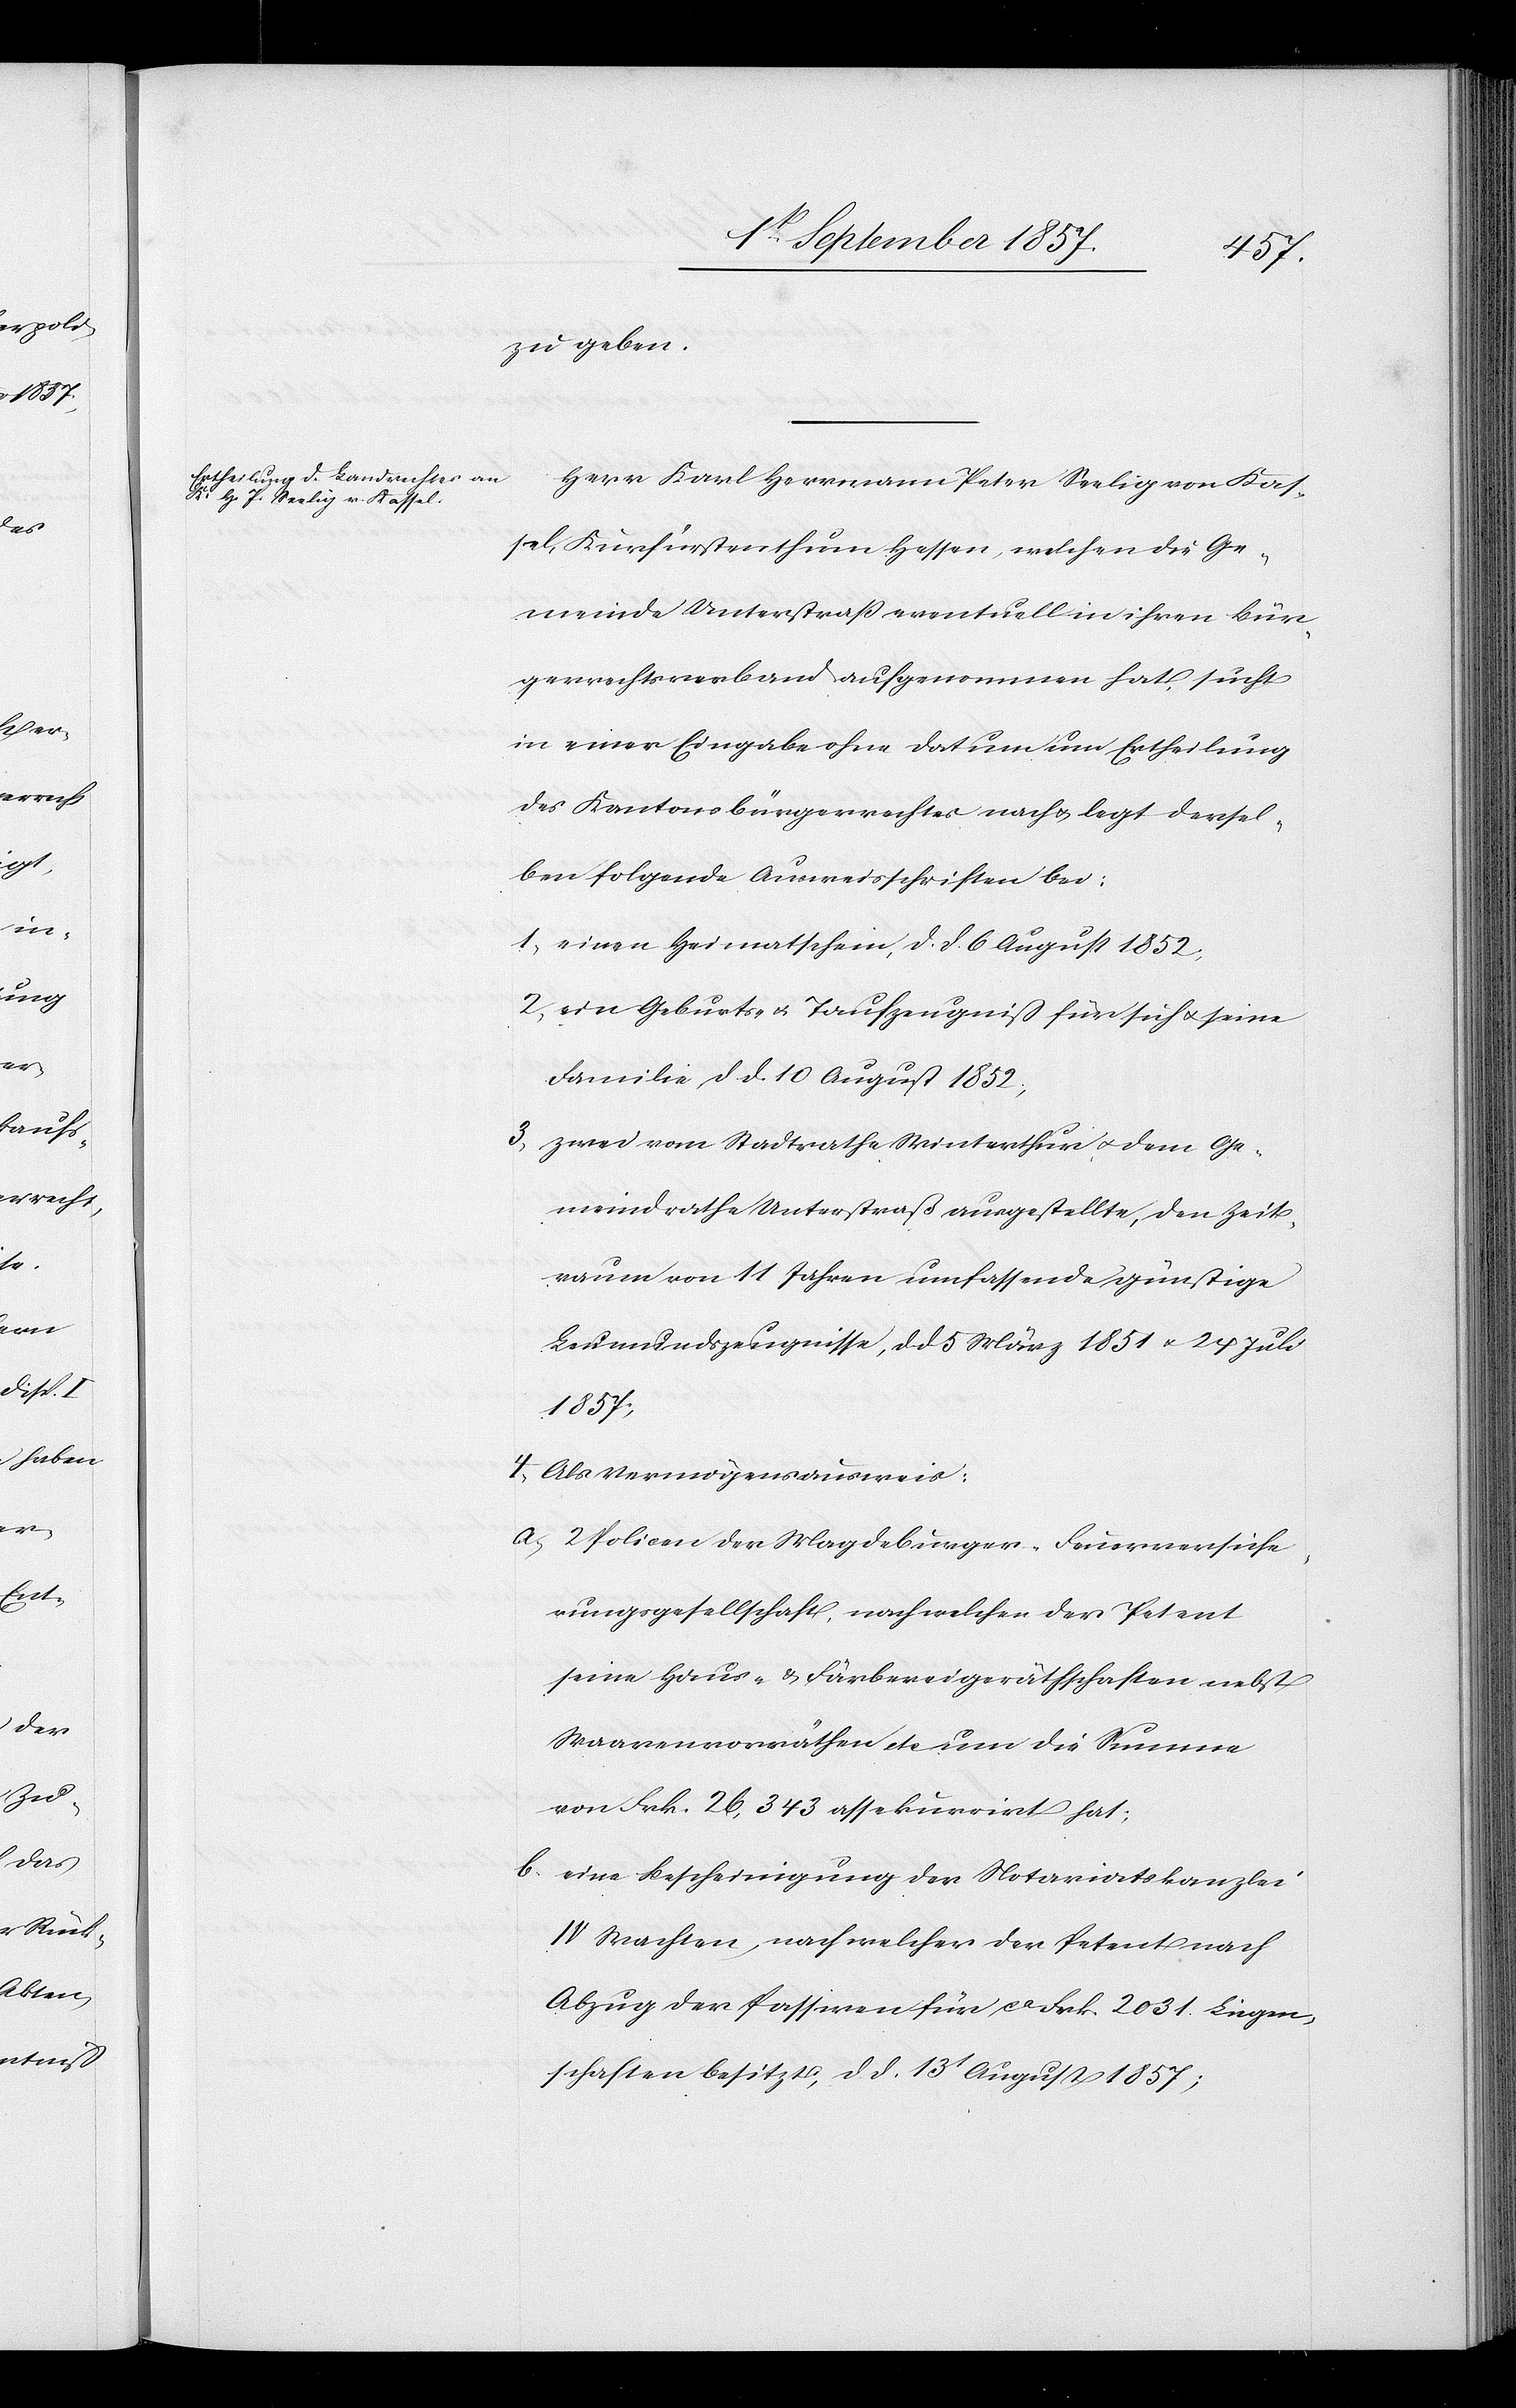
zu geben.
Herr Karl Hermann Peter Seelig von Kas¬
sel, Kurfürstenthum Hessen, welchen die Ge¬
meinde Unterstraß eventuell in ihren Bür¬
gerrechtsverband aufgenommen hat, sucht
in einer Eingabe ohne Datum um Ertheilung
des Kantonsbürgerrechtes nach, legt dersel¬
ben folgende Ausweisschriften bei:
1) einen Heimatschein, d. d. 6 August 1852,
2) ein Geburts- & Taufscheinzeugniß für sich & seine
Familie d. d. 10 August 1852,
3) zwei vom Stadtrathe Winterthur, & dem Ge¬
meindrathe Unterstraß ausgestellte, den Zeit¬
raum von 11 Jahren umfassende günstige
Leumundszeugnisse, d. d. 5 März 1851 & 24 Juli
1857;
4) Als Vermögenausweis;
a) 2 Policen der Magdeburger-Feuerversiche¬
rungsgesellschaft, nach welchen der Petent
seine Haus- & Färbereigeräthschaften nebst
Waarenvorräthen etc um die Summe
von Frk. 26, 343 assekurirt hat;
b) eine Bescheinigung der Notariatskanzlei
IV Wachten, nach welcher der Petent nach
Abzug der Passiven für ca Frk. 2031. Liegen¬
schaften besitzt, d. d. 13t August 1857;